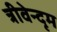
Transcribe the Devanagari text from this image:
त्रीवेन्दृम